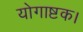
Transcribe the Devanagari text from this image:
योगाष्टक।